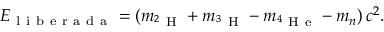
E _ { \mathrm { ~ l ~ i ~ b ~ e ~ r ~ a ~ d ~ a ~ } } = ( m _ { ^ 2 \mathrm { ~ H ~ } } + m _ { ^ 3 \mathrm { ~ H ~ } } - m _ { ^ 4 \mathrm { ~ H ~ e ~ } } - m _ { n } ) \, c ^ { 2 } .